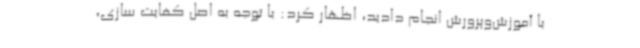
با آموزش‌وپرورش انجام دادید، اظهار کرد: با توجه به اصل کفایت سازی،